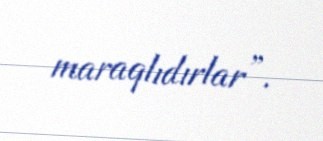
maraqlıdırlar”.